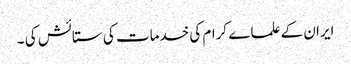
ایران کے علما ے کرام کی خدمات کی ستائش کی ۔